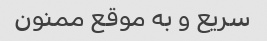
سریع و به موقع ممنون